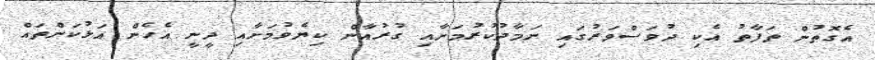
އެގޮތުން ތަފާތު އެކި ދުވަސްވަރުގައި ނަމާދުކުރުމަށާއި ގުރުއާން ކިޔެވުމަށާއި ދީނީ އެހެން އަޅުކަންތައް